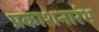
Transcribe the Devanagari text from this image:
प्रकाशनारंभ